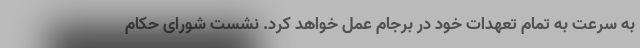
به سرعت به تمام تعهدات خود در برجام عمل خواهد کرد. نشست شورای حکام